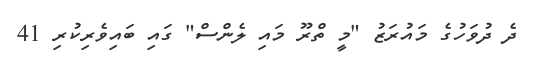
ދެ ދުވަހުގެ މައުރަޒު "މީ ތްރޫ މައި ލެންސް" ގައި ބައިވެރިކުރި 41